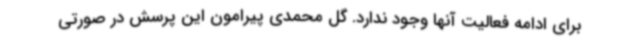
برای ادامه فعالیت آنها وجود ندارد. گل محمدی پیرامون این پرسش در صورتی